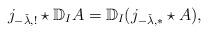
LaTeX: \begin{align*}j_{-\check{\lambda}, !} \star \mathbb{D}_I A = \mathbb{D}_I( j_{-\check{\lambda}, *} \star A),\end{align*}